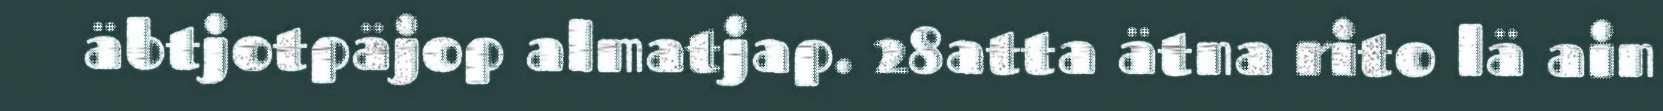
äbtjotpäjop almatjap. 28atta ätna rito lä ain